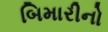
બિમારીનો